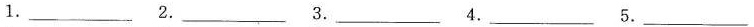
1.___ 2.___3.___4.___5.___